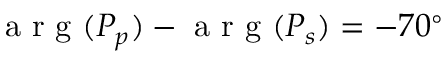
\mathrm { ~ a ~ r ~ g ~ } ( P _ { p } ) - \mathrm { ~ a ~ r ~ g ~ } ( P _ { s } ) = - 7 0 ^ { \circ }